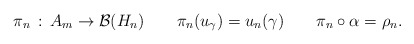
\begin{align*}\pi_n\,:\,A_m\rightarrow\mathcal{B}(H_n)\quad\quad\pi_n(u_\gamma)=u_n(\gamma)\quad\quad\pi_n\circ\alpha=\rho_n.\end{align*}